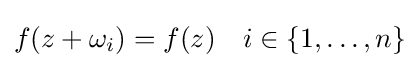
f(z+\omega _{i})=f(z)\quad i\in \{1,\ldots ,n\}